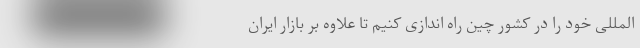
المللی خود را در کشور چین راه اندازی کنیم تا علاوه بر بازار ایران